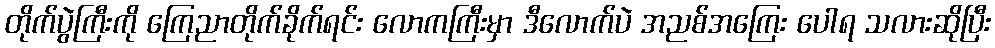
တိုက်ပွဲကြီးကို ကြေညာတိုက်ခိုက်ရင်း လောကကြီးမှာ ဒီလောက်ပဲ အညစ်အကြေး ပေါရ သလားဆိုပြီး